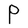
Character: P